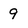
Character: 9